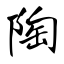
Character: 陶